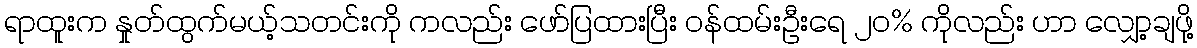
ရာထူးက နှုတ်ထွက်မယ့်သတင်းကို ကလည်း ဖော်ပြထားပြီး ဝန်ထမ်းဦးရေ ၂၀% ကိုလည်း ဟာ လျှော့ချဖို့